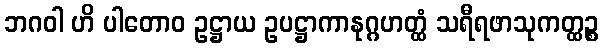
ဘဂဝါ ဟိ ပါတောဝ ဥဋ္ဌာယ ဥပဋ္ဌာကာနုဂ္ဂဟတ္ထံ သရီရဖာသုကတ္ထဉ္စ